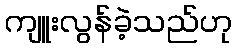
ကျူးလွန်ခဲ့သည်ဟု